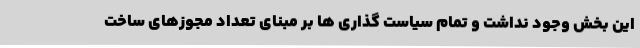
این بخش وجود نداشت و تمام سیاست گذاری ها بر مبنای تعداد مجوزهای ساخت